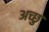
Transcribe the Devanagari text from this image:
अच्छु